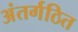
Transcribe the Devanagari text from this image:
अंतर्गठित